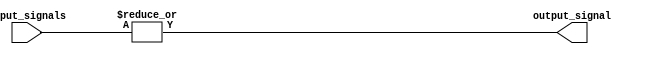
module OR_gate (
    input [63:0] input_signals,
    output output_signal
);

assign output_signal = |input_signals;

endmodule